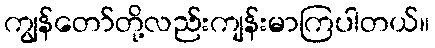
ကျွန်တော်တို့လည်းကျန်းမာကြပါတယ်။